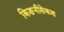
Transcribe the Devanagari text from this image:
किङनीसेकश